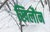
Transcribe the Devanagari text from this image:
खिलौन